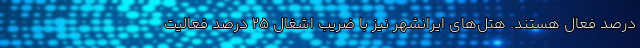
درصد فعال هستند. هتل‌های ایرانشهر نیز با ضریب اشغال ۲۵ درصد فعالیت